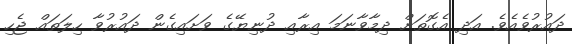
ދައުރުވެއެވެ. އަދި އެގޮތަށް ދިމާވާނަމަ އިރާއި ދުނިޔޭގެ ވަށައިގެން ދައުރުވާ ހިލަތައް ޖެހި